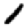
Digit: 1